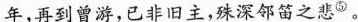
再到曾游，已非旧主，殊深邻笛之悲^{⑤}。